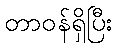
တာဝန်ရှိပြီး